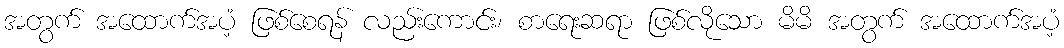
အတွက် အထောက်အပံ့ ဖြစ်စေရန် လည်းကောင်း၊ စာရေးဆရာ ဖြစ်လိုသော မိမိ အတွက် အထောက်အပံ့